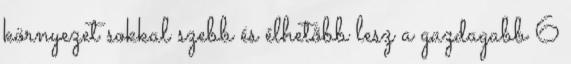
környezet sokkal szebb és élhetõbb lesz a gazdagabb 6